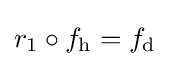
r_{1}\circ f_{\mathrm {h} }=f_{\mathrm {d} }